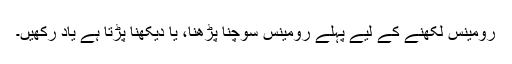
رومینس لکھنے کے لیے پہلے رومینس سوچنا پڑھنا، یا دیکھنا پڑتا ہے یاد رکھیں۔